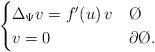
LaTeX: \begin{align*}\begin{cases} \Delta_{\Psi} v = f'(u) \, v & \O \\ v = 0 & \partial \O.\end{cases}\end{align*}